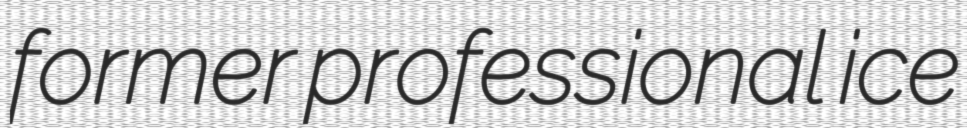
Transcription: former professional ice